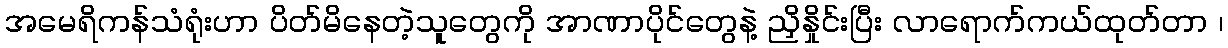
အမေရိကန်သံရုံးဟာ ပိတ်မိနေတဲ့သူတွေကို အာဏာပိုင်တွေနဲ့ ညှိနှိုင်းပြီး လာရောက်ကယ်ထုတ်တာ ၊